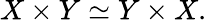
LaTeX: X\times Y\simeq Y\times X.